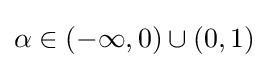
\alpha \in (-\infty ,0)\cup (0,1)